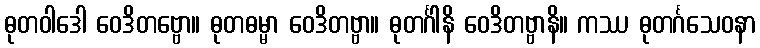
ဓုတဝါဒေါ ဝေဒိတဗ္ဗော။ ဓုတဓမ္မာ ဝေဒိတဗ္ဗာ။ ဓုတင်္ဂါနိ ဝေဒိတဗ္ဗာနိ။ ကဿ ဓုတင်္ဂသေဝနာ